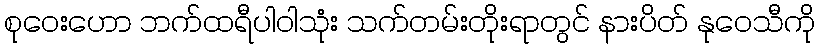
စုဝေးဟော ဘက်ထရီပါဝါသုံး သက်တမ်းတိုးရာတွင် နားပိတ် နုဝေသီကို